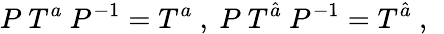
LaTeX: P~T^{a}~P^{-1}=T^{a}~,~P~T^{\hat{a}}~P^{-1}=T^{\hat{a}}~,~\,